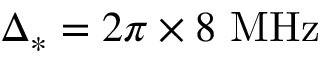
\ensuremath { \Delta _ { * } } = 2 \pi \times 8 ~ \ensuremath { { \mathrm { M H z } } }